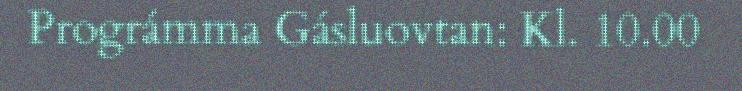
Prográmma Gásluovtan: Kl. 10.00